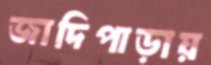
জাদিপাড়ায়